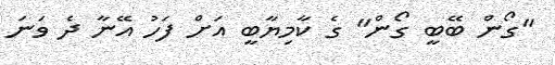
"ގޯން ބޭބީ ގޯން" ގެ ކާމިޔާބީ އަށް ފަހު އޭނާ ދެ ވަނަ